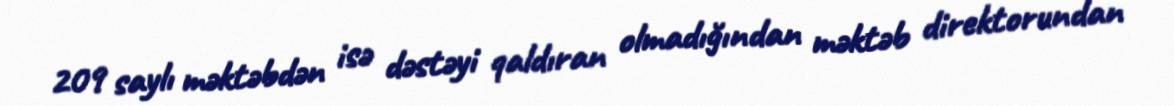
209 saylı məktəbdən isə dəstəyi qaldıran olmadığından məktəb direktorundan